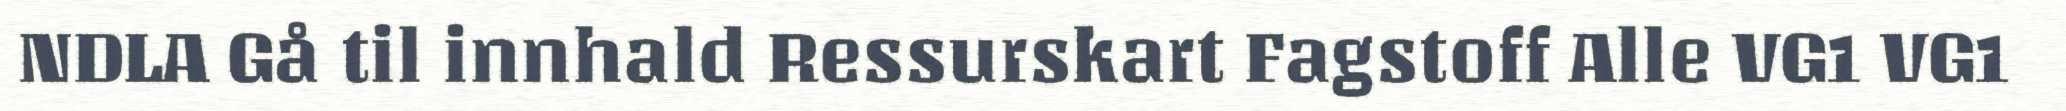
NDLA Gå til innhald Ressurskart Fagstoff Alle VG1 VG1